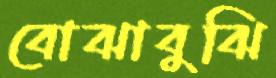
বোঝাবুঝি